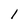
Character: l